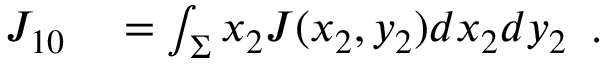
\begin{array} { r l } { { J _ { 1 0 } } } & { { } = \int _ { \Sigma } { { x _ { 2 } } J ( { x _ { 2 } } , { y _ { 2 } } ) d { x _ { 2 } } d { y _ { 2 } } } } \end{array} .